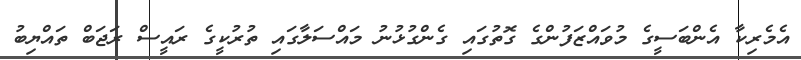
އެމެރިކާ އެންބަސީގެ މުވައްޒަފުންގެ ގޮތުގައި ގެންގުޅުނު މައްސަލާގައި ތުރުކީގެ ރައީސް ރަޖަބް ތައްޔިބު